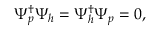
\begin{array} { r } { \Psi _ { p } ^ { \dagger } \Psi _ { h } = \Psi _ { h } ^ { \dagger } \Psi _ { p } = 0 , } \end{array}